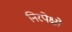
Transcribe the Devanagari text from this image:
निरपेक्षो